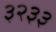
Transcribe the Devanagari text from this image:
३२३३